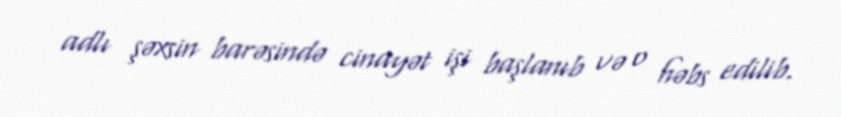
adlı şəxsin barəsində cinayət işi başlanıb və o həbs edilib.